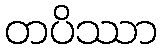
တပိဿာ